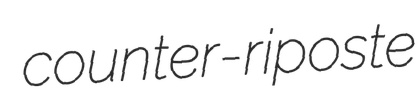
counter-riposte